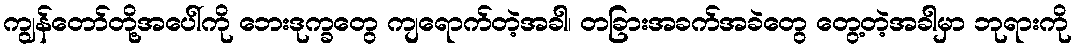
ကျွန်တော်တို့အပေါ်ကို ဘေးဒုက္ခတွေ ကျရောက်တဲ့အခါ၊ တခြားအခက်အခဲတွေ တွေ့တဲ့အခါမှာ ဘုရားကို